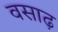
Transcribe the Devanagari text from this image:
वसाढ़